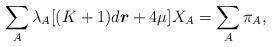
LaTeX: \begin{align*}\sum_{A}\lambda _{A}[(K+1)d\boldsymbol{r}+4\mu ]X_{A}=\sum_{A}\pi _{A},\end{align*}